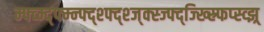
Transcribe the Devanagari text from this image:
म्फ्व्म्द्फ्म्न्फ्द्श्फ्द्श्ज्क्स्ज्फ्द्ज्ख्स्र्फिप्स्व्झ्र्